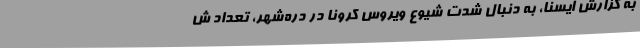
به گزارش ایسنا، به دنبال شدت شیوع ویروس کرونا در دره‌شهر، تعداد ش